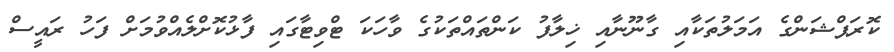
ކޮރަޕްޝަންގެ އަމަލުތަކާއި ގާނޫނާއި ޚިލާފު ކަންތައްތަކުގެ ވާހަކަ ޓްވިޓާގައި ފާޅުކޮށްލެއްވުމަށް ފަހު ރައީސް